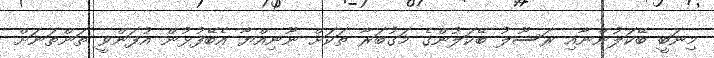
މިނަބީ ބޭކަލުންނާއި ރަސޫލު ބޭކަލުންގެ މަގުބަރާ ތަކަށް ނޫނިއްޔާ އެބޭފުޅުން އުފަންވީ ތަންތަނަށް